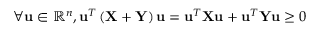
\forall \mathbf { u } \in \mathbb { R } ^ { n } , \mathbf { u } ^ { T } \left( \mathbf { X } + \mathbf { Y } \right) \mathbf { u } = \mathbf { u } ^ { T } \mathbf { X } \mathbf { u } + \mathbf { u } ^ { T } \mathbf { Y } \mathbf { u } \geq 0